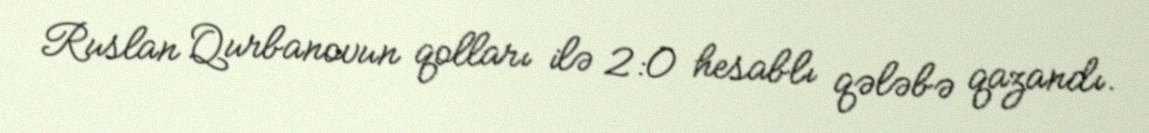
Ruslan Qurbanovun qolları ilə 2:0 hesablı qələbə qazandı.